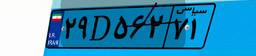
۰۳D۸۳۹۹۱